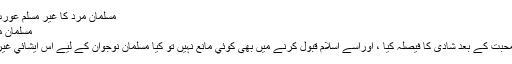
مسلمان مرد کا غیر مسلم عورت سے شادی کرنا - اسلام سوال و جواب
مسلمان مرد کا غیر مسلم عورت سے شادی کرنا
غیر مسلم عورت نے ایک مسلمان سے محبت کے بعد شادی کا فیصلہ کیا ، اوراسے اسلام قبول کرنے میں بھی کوئي مانع نہيں تو کیا مسلمان نوجوان کے لیے اس ایشائي غیر مسلم لڑکی سے شادی کرنا جائز ہے ؟